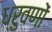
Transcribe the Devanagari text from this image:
ध्रुवणों